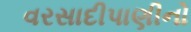
વરસાદીપાણીનો